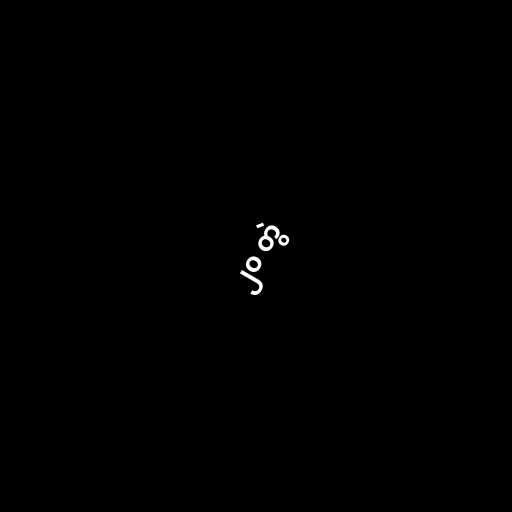
၂၀ တွဲ